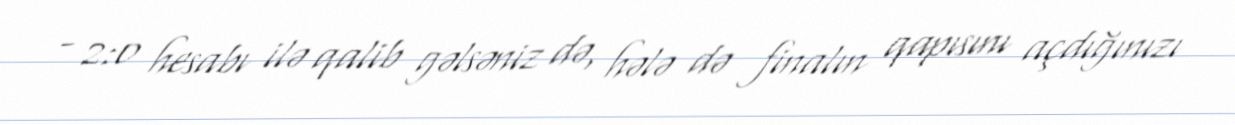
- 2:0 hesabı ilə qalib gəlsəniz də, hələ də finalın qapısını açdığınızı